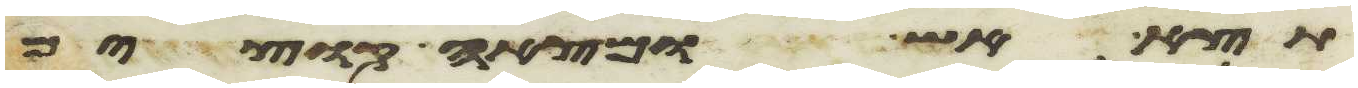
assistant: תצא אש ומצאה קוצים